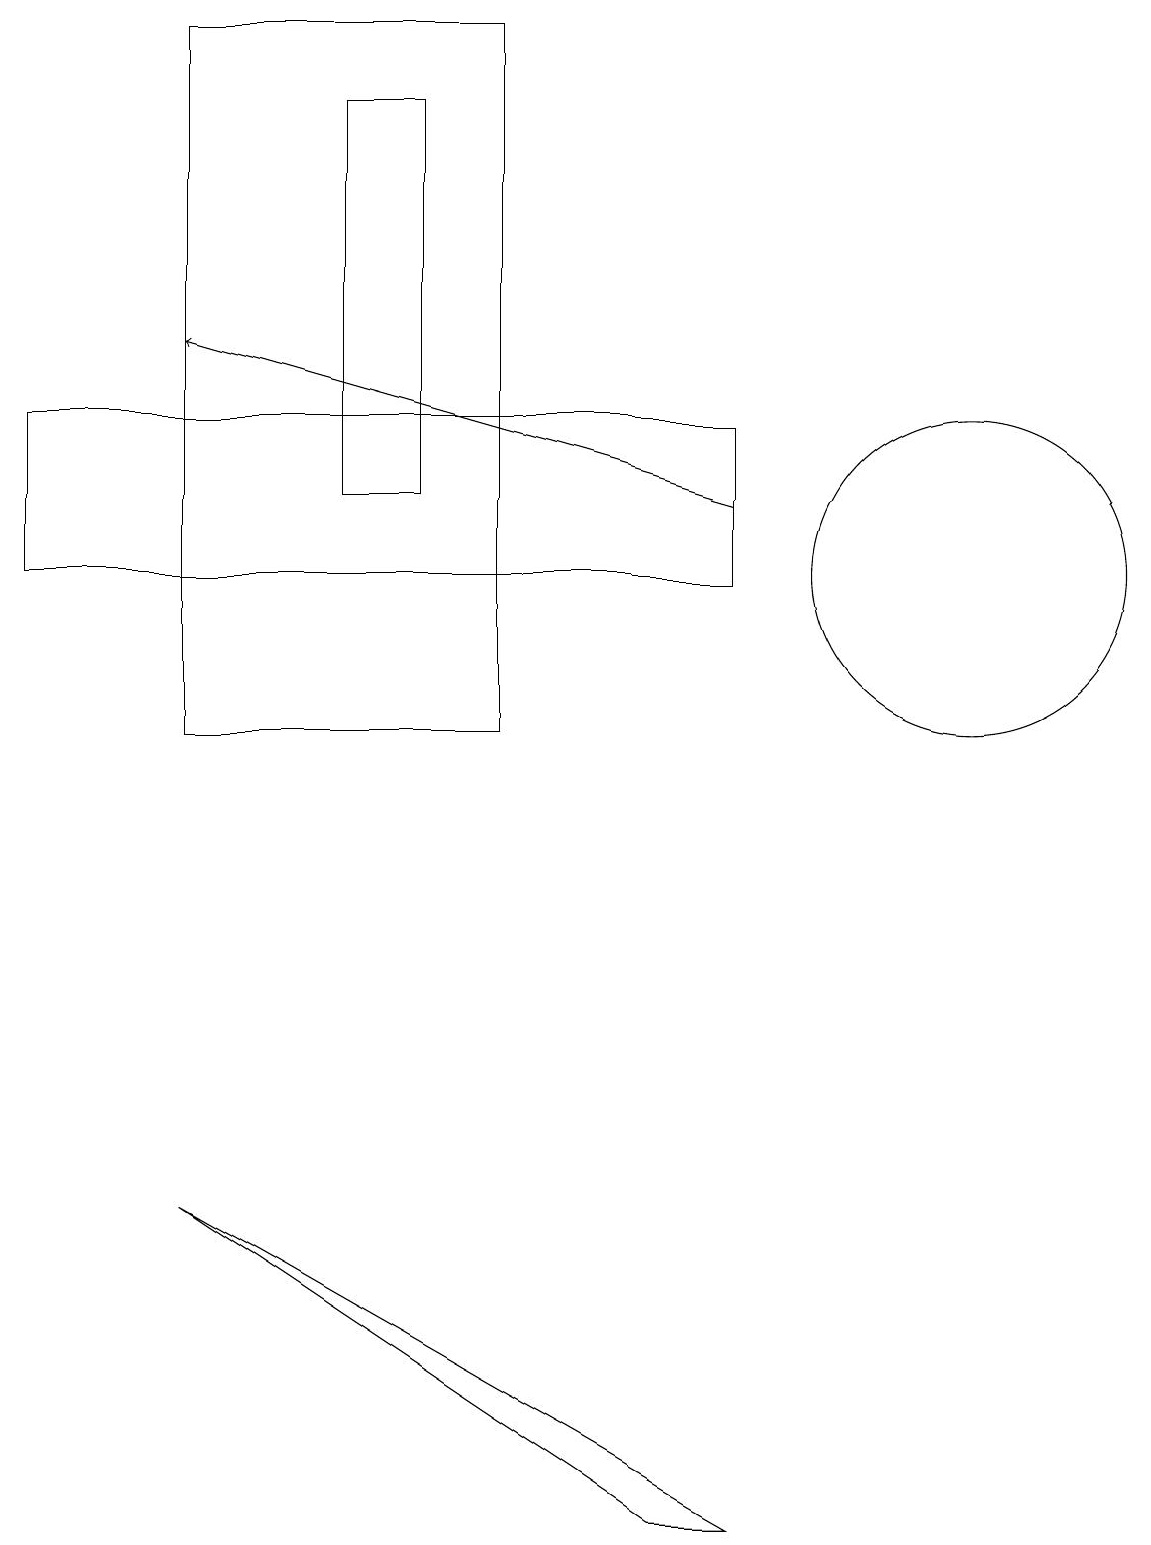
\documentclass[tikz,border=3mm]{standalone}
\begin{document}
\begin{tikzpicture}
\draw[->] (9,13) -- (2,15);
\draw (0,12) rectangle (9,14);
\draw (8,0) -- (9,0) -- (2,4) -- cycle;
\draw (2,10) rectangle (6,19);
\draw (5,13) rectangle (4,18);
\draw (12,12) circle (2);
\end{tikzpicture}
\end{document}